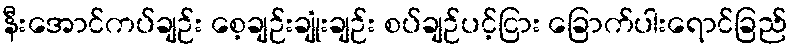
နီးအောင်ကပ်ချဉ်း စေ့ချဉ်းချုံးချဉ်း စပ်ချဉ်ပင့်ငြား ခြောက်ပါးရောင်ခြည်